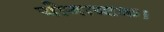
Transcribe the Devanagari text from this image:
योगाष्टक।